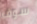
سوف